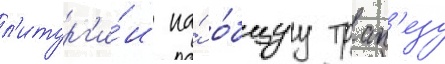
л'итург'и́и на́ о́бщуу трап'езу